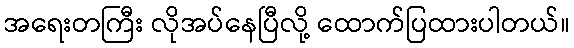
အရေးတကြီး လိုအပ်နေပြီလို့ ထောက်ပြထားပါတယ်။